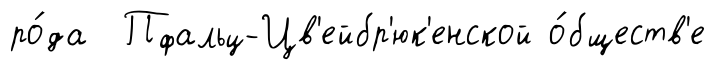
ро́да Пфальц-Цв'ейбр'юк'енской о́бществ'е